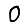
Digit: 0